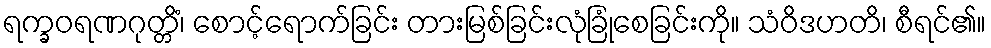
ရက္ခဝရဏဂုတ္တိံ၊ စောင့်ရောက်ခြင်း တားမြစ်ခြင်းလုံခြုံစေခြင်းကို။ သံဝိဒဟတိ၊ စီရင်၏။